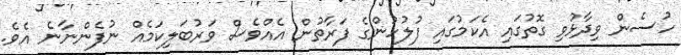
ހުސެން ވިދާޅުވި ގޮތުގައި އެކަމުގައި ފުލުހުންގެ ފަރާތުން އެއްވެސް ވަރުބަލިކަމެއް ނުފެންނާނެ އެވެ.